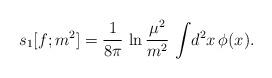
LaTeX: \begin{align*}s_{1}[f;m^{2}]={1\over 8\pi}\,\ln {\mu^{2}\over m^{2}}\,\int\! d^{2}x\,\phi(x).\end{align*}